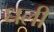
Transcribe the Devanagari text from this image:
धली